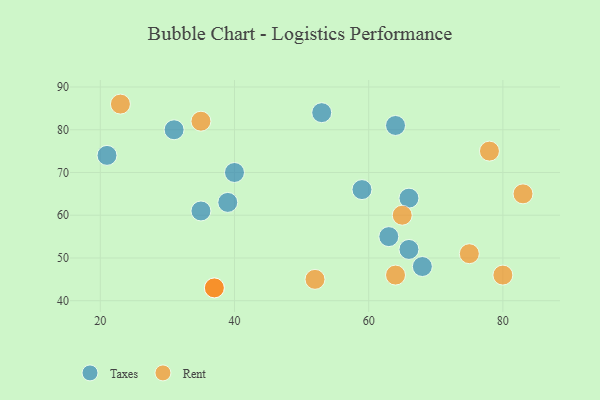
{"axis": {"x": "GDP", "y": "Life Expectancy"}, "legend": ["Rent", "Taxes"], "data": [{"x": "21", "y": 74, "type": "Taxes"}, {"x": "40", "y": 70, "type": "Taxes"}, {"x": "68", "y": 48, "type": "Taxes"}, {"x": "59", "y": 66, "type": "Taxes"}, {"x": "64", "y": 81, "type": "Taxes"}, {"x": "53", "y": 84, "type": "Taxes"}, {"x": "63", "y": 55, "type": "Taxes"}, {"x": "66", "y": 64, "type": "Taxes"}, {"x": "66", "y": 52, "type": "Taxes"}, {"x": "39", "y": 63, "type": "Taxes"}, {"x": "35", "y": 61, "type": "Taxes"}, {"x": "31", "y": 80, "type": "Taxes"}, {"x": "37", "y": 43, "type": "Rent"}, {"x": "52", "y": 45, "type": "Rent"}, {"x": "75", "y": 51, "type": "Rent"}, {"x": "65", "y": 60, "type": "Rent"}, {"x": "78", "y": 75, "type": "Rent"}, {"x": "35", "y": 82, "type": "Rent"}, {"x": "83", "y": 65, "type": "Rent"}, {"x": "64", "y": 46, "type": "Rent"}, {"x": "23", "y": 86, "type": "Rent"}, {"x": "37", "y": 43, "type": "Rent"}, {"x": "80", "y": 46, "type": "Rent"}]}